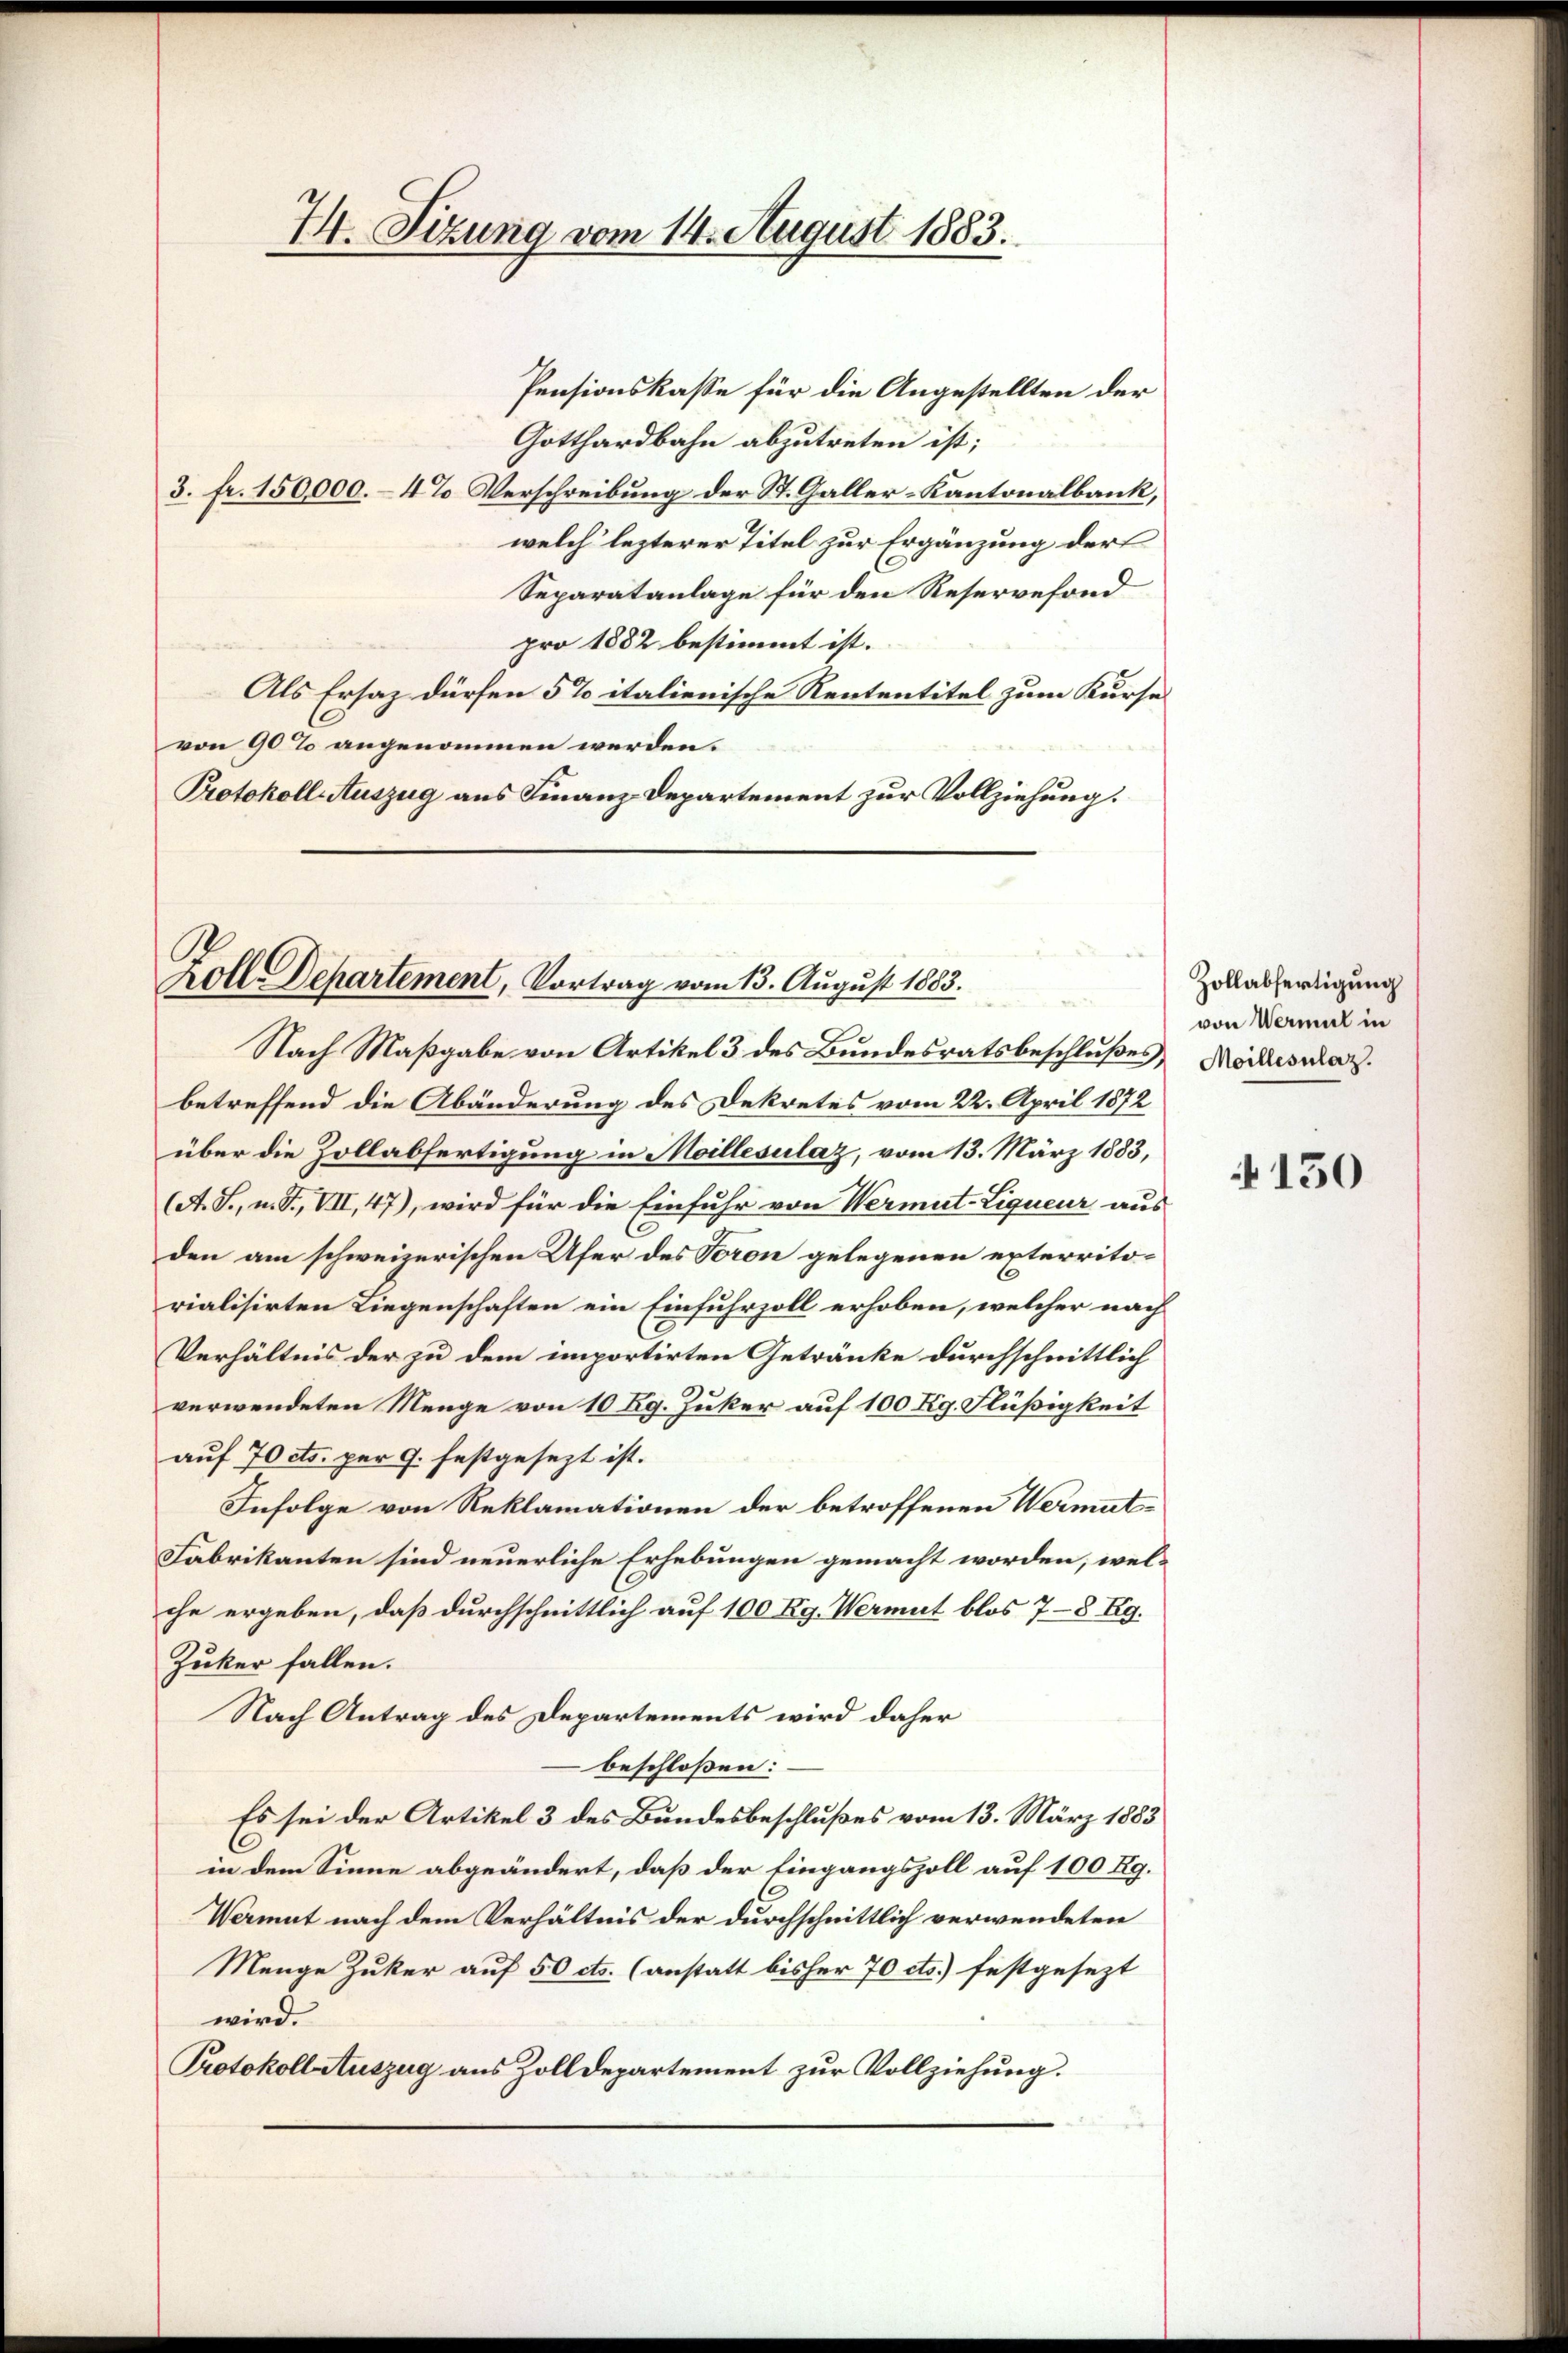
Pensionskasse für die Angestellten der
Gotthardbahn abzutreten ist;
3. fr. 150,000.– 4% Verschreibung der St. Galler-Kantonalbank,
welch lezterer Titel zur Ergänzung der
Separatanlage für den Reservefond
pro 1882 bestimmt ist.
Als Ersaz dürfen 5% italienische Rententitel zum Kurse
von 90% angenommen werden.
Protokoll Auszug aus Finanz-Departement zur Vollziehung:

74. Sizung vom 14. August 1883.

Zolle Departement, Vortrag vom 13. August 1883.
Nach Maßgabe von Artikel 3 des Bundesratsbeschlußes Mordeswaz.

betreffend die Abänderung des Dekretes vom 22. April 1872
über die Zollabfertigung in Moillesulaz, vom 13. März 1883,
(A. S., n. F. VII, 47), wird für die Einfuhr von Vermut-Ligueur aus
den am schweizerischen Ufer des Veron gelegenen exterritorialisirten Liegenschaften ein Einfuhrzoll erhoben, welcher nach
Verhältnis der zu dem importirten Getränke durchschnittlich
verwendeten Menge von 10 Rg. Zuker auf 100 Kg. Flüßigkeit
auf 70 cts. per 9. festgesezt ist.
Infolge von Reklamationen der betroffenen Vermut¬
Fabrikanten sind neuerliche Erhebungen gemacht worden, wel-
che ergeben, daß durchschnittlich auf 100 Kg. Vermut blos 7-8 Rg.
Zuker fallen.
Nach Antrag des Departements wird daher
beschloßen:
Es sei der Artikel 3 des Bundesbeschlußes vom 13. März 1883
in dem Sinne abgeändert, daß der Eingangszoll auf 100 Rg.
Vermut nach dem Verhältnis der durchschnittlich verwendeten
Menge Zuker auf 50 cts. (anstatt bisher 70 cts.) festgesezt
wird.
Protokoll Auszug aus Zolldepartement zur Vollziehung.

Zollabfertigung
von Vermal in

150